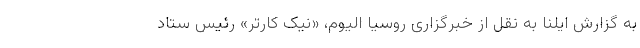
به گزارش ایلنا به نقل از خبرگزاری روسیا الیوم، «نیک کارتر» رئیس ستاد